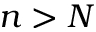
n > N